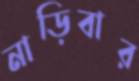
নাড়িবার